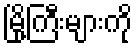
မြို့ကြီးများကို